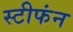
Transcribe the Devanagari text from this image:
स्टीफंन